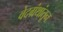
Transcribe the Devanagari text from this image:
वेदग्रंथांतून